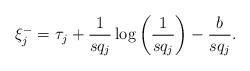
LaTeX: \begin{align*}\xi_j^- = \tau_j + \frac{1}{sq_j} \log \bigg( \frac{1}{sq_j} \bigg) - \frac{b}{sq_j}.\end{align*}